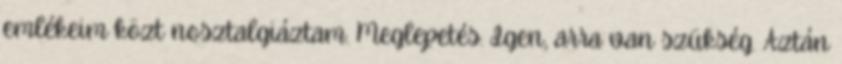
emlékeim közt nosztalgiáztam. Meglepetés. Igen, arra van szükség. Aztán